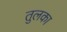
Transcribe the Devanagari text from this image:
तुलका